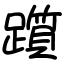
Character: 躓